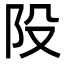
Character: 𨸜